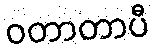
ဝတာတာပီ